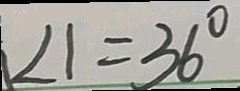
\angle 1 = 3 6 ^ { \circ }